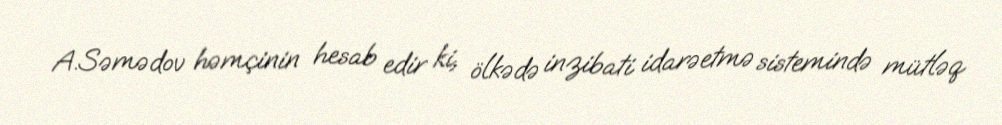
A.Səmədov həmçinin hesab edir ki, ölkədə inzibati idarəetmə sistemində mütləq